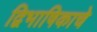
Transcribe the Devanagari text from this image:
द्विभाषिकाचे